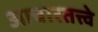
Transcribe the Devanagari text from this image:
आचारतत्त्वे